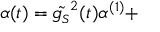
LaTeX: \alpha ( t ) = \tilde { g _ { \scriptscriptstyle S } } ^ { 2 } ( t ) \alpha ^ { ( 1 ) } +